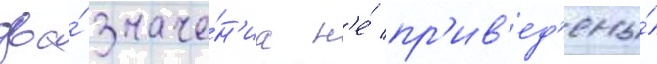
два́ значе́н'иа н'е́ пр'ив'ед'ены́